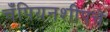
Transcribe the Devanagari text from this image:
चँपियनशीपचे